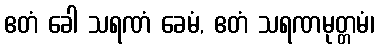
ဧတံ ခေါ သရဏံ ခေမံ, ဧတံ သရဏမုတ္တမံ၊